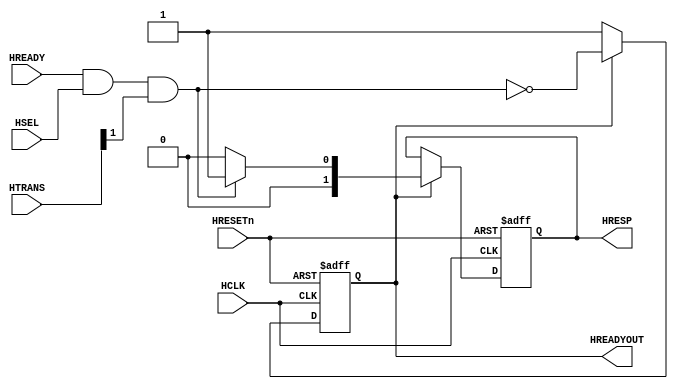
//-----------------------------------------------------------------------------
// The confidential and proprietary information contained in this file may
// only be used by a person authorised under and to the extent permitted
// by a subsisting licensing agreement from ARM Limited.
//
//            (C) COPYRIGHT 2001-2013-2024 ARM Limited.
//                ALL RIGHTS RESERVED
//
// This entire notice must be reproduced on all copies of this file
// and copies of this file may only be made by a person if such person is
// permitted to do so under the terms of a subsisting license agreement
// from ARM Limited.
//
//      SVN Information
//
//      Checked In          : $Date: 2013-01-23 11:45:45 +0000 (Wed, 23 Jan 2013) $
//
//      Revision            : $Revision: 234562 $
//
//      Release Information : Cortex-M System Design Kit-r1p0-01rel0
//
//-----------------------------------------------------------------------------
//
// -----------------------------------------------------------------------------
// Abstract            : Default slave used to drive the slave response signals
//                       when there are no other slaves selected.
//-----------------------------------------------------------------------------

`timescale 1ns/1ps

module cm0_mtx_default_slave (

    // Common AHB signals
    HCLK,
    HRESETn,

    // AHB control input signals
    HSEL,
    HTRANS,
    HREADY,

    // AHB control output signals
    HREADYOUT,
    HRESP

    );


// -----------------------------------------------------------------------------
// Input and Output declarations
// -----------------------------------------------------------------------------

    // Common AHB signals
    input         HCLK;           // AHB System Clock
    input         HRESETn;        // AHB System Reset

    // AHB control input signals
    input         HSEL;           // Slave Select
    input  [1:0]  HTRANS;         // Transfer type
    input         HREADY;         // Transfer done

    // AHB control output signals
    output        HREADYOUT;      // HREADY feedback
    output  [1:0] HRESP;          // Transfer response


// -----------------------------------------------------------------------------
// Constant declarations
// -----------------------------------------------------------------------------

// HRESP transfer response signal encoding
`define RSP_OKAY    2'b00      // OKAY response
`define RSP_ERROR   2'b01     // ERROR response
`define RSP_RETRY   2'b10     // RETRY response
`define RSP_SPLIT   2'b11     // SPLIT response


// -----------------------------------------------------------------------------
// Input and Output declarations
// -----------------------------------------------------------------------------

    // Common AHB signals
    wire          HCLK;           // AHB System Clock
    wire          HRESETn;        // AHB System Reset

    // AHB control input signals
    wire          HSEL;           // Slave Select
    wire    [1:0] HTRANS;         // Transfer type
    wire          HREADY;         // Transfer done

    // AHB control output signals
    wire          HREADYOUT;      // HREADY feedback
    wire    [1:0] HRESP;          // Transfer response


// -----------------------------------------------------------------------------
// Signal declarations
// -----------------------------------------------------------------------------

    wire          invalid;    // Set during invalid transfer
    wire          hready_next; // Controls generation of HREADYOUT output
    reg           i_hreadyout; // HREADYOUT register
    wire    [1:0] hresp_next;  // Generated response
    reg     [1:0] i_hresp;     // HRESP register


// -----------------------------------------------------------------------------
// Beginning of main code
// -----------------------------------------------------------------------------

  assign invalid = ( HREADY & HSEL & HTRANS[1] );
  assign hready_next = i_hreadyout ?  ~invalid : 1'b1 ;
  assign hresp_next = invalid ? `RSP_ERROR : `RSP_OKAY;

  always @(negedge HRESETn or posedge HCLK)
    begin : p_resp_seq
      if (~HRESETn)
        begin
          i_hreadyout <= 1'b1;
          i_hresp     <= `RSP_OKAY;
        end
      else
        begin
          i_hreadyout <= hready_next;

          if (i_hreadyout)
            i_hresp <= hresp_next;
        end
    end

  // Drive outputs with internal versions
  assign HREADYOUT = i_hreadyout;
  assign HRESP     = i_hresp;


endmodule

// --================================= End ===================================--